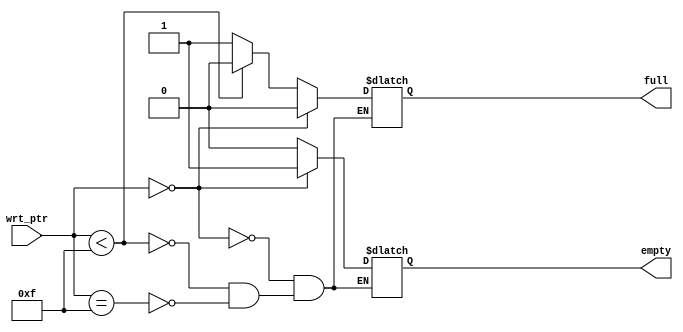
// A synchronous lifo compare and status
// The job of this modeul is to provide empty and full flags.

module compare_and_status_logic (
    input  [3:0] wrt_ptr,         // Stack pointer
    output reg   full,            // Full
    output reg   empty);          // Empty

    parameter depth = 4'b1111;    // Depth of the FIFO

    // HOW MUCH MEMORY USED
    // ALWAYS BLOCK with NON-BLOCKING PROCEDURAL ASSIGNMENT STATEMENT
    always @(*) begin
        if (wrt_ptr == 0) begin
            full <= 1'b0;
            empty <= 1'b1;
        end else if (wrt_ptr < depth) begin
            full <= 1'b0;
            empty <= 1'b0;
        end else if (wrt_ptr == depth) begin
            full <= 1'b1;
            empty <= 1'b0;
        end
    end

endmodule